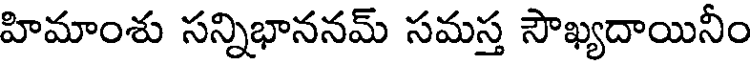
హిమాంశు సన్నిభాననమ్ సమస్త సౌఖ్యదాయినీం